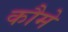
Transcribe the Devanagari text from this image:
कौमे